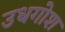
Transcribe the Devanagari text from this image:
उधगोश